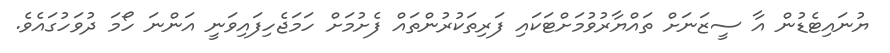
ޔުނައިޓެޑުން އާ ސީޒަނަށް ތައްޔާރުވުމަށްޓަކައި ފަރިތަކުރުންތައް ފެށުމަށް ހަމަޖެހިފައިވަނީ އަންނަ ހޯމަ ދުވަހުގައެވެ.